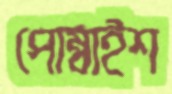
পোম্বাইশ